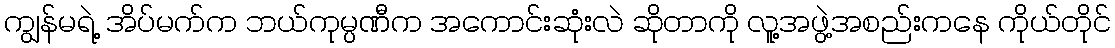
ကျွန်မရဲ့ အိပ်မက်က ဘယ်ကုမ္ပဏီက အကောင်းဆုံးလဲ ဆိုတာကို လူ့အဖွဲ့အစည်းကနေ ကိုယ်တိုင်